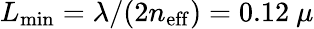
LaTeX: L_{\mathrm{min}}=\lambda/(2n_{\mathrm{eff}})=0.12~\mu